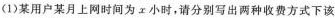
(1)某用户某月上网时间为工小时，请分别写出两种收费方式下该